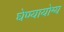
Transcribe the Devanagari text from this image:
घेण्यायोग्य